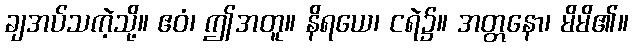
ချအပ်သကဲ့သို့။ ဧဝံ၊ ဤအတူ။ နိရယေ၊ ငရဲ၌။ အတ္တနော၊ မိမိ၏။